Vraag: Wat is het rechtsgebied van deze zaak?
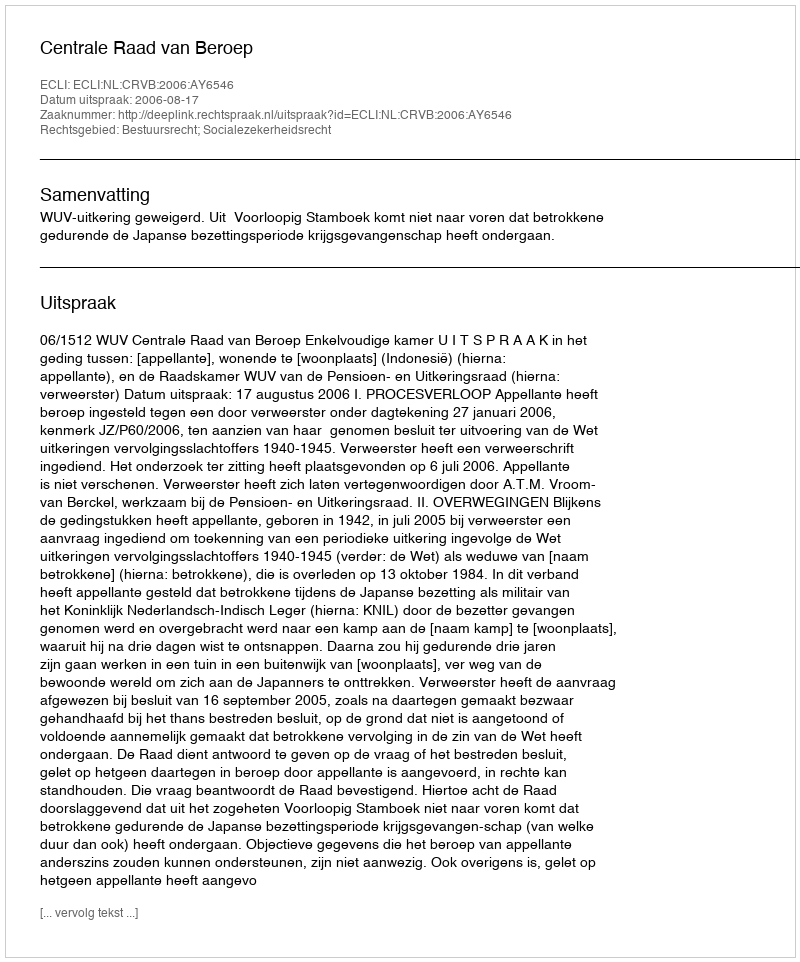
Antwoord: Bestuursrecht; Socialezekerheidsrecht